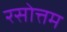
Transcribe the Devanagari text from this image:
रसोत्तम